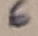
Text: 6